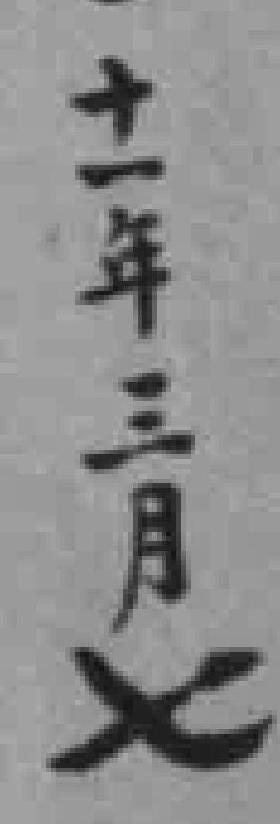
十一年三月七